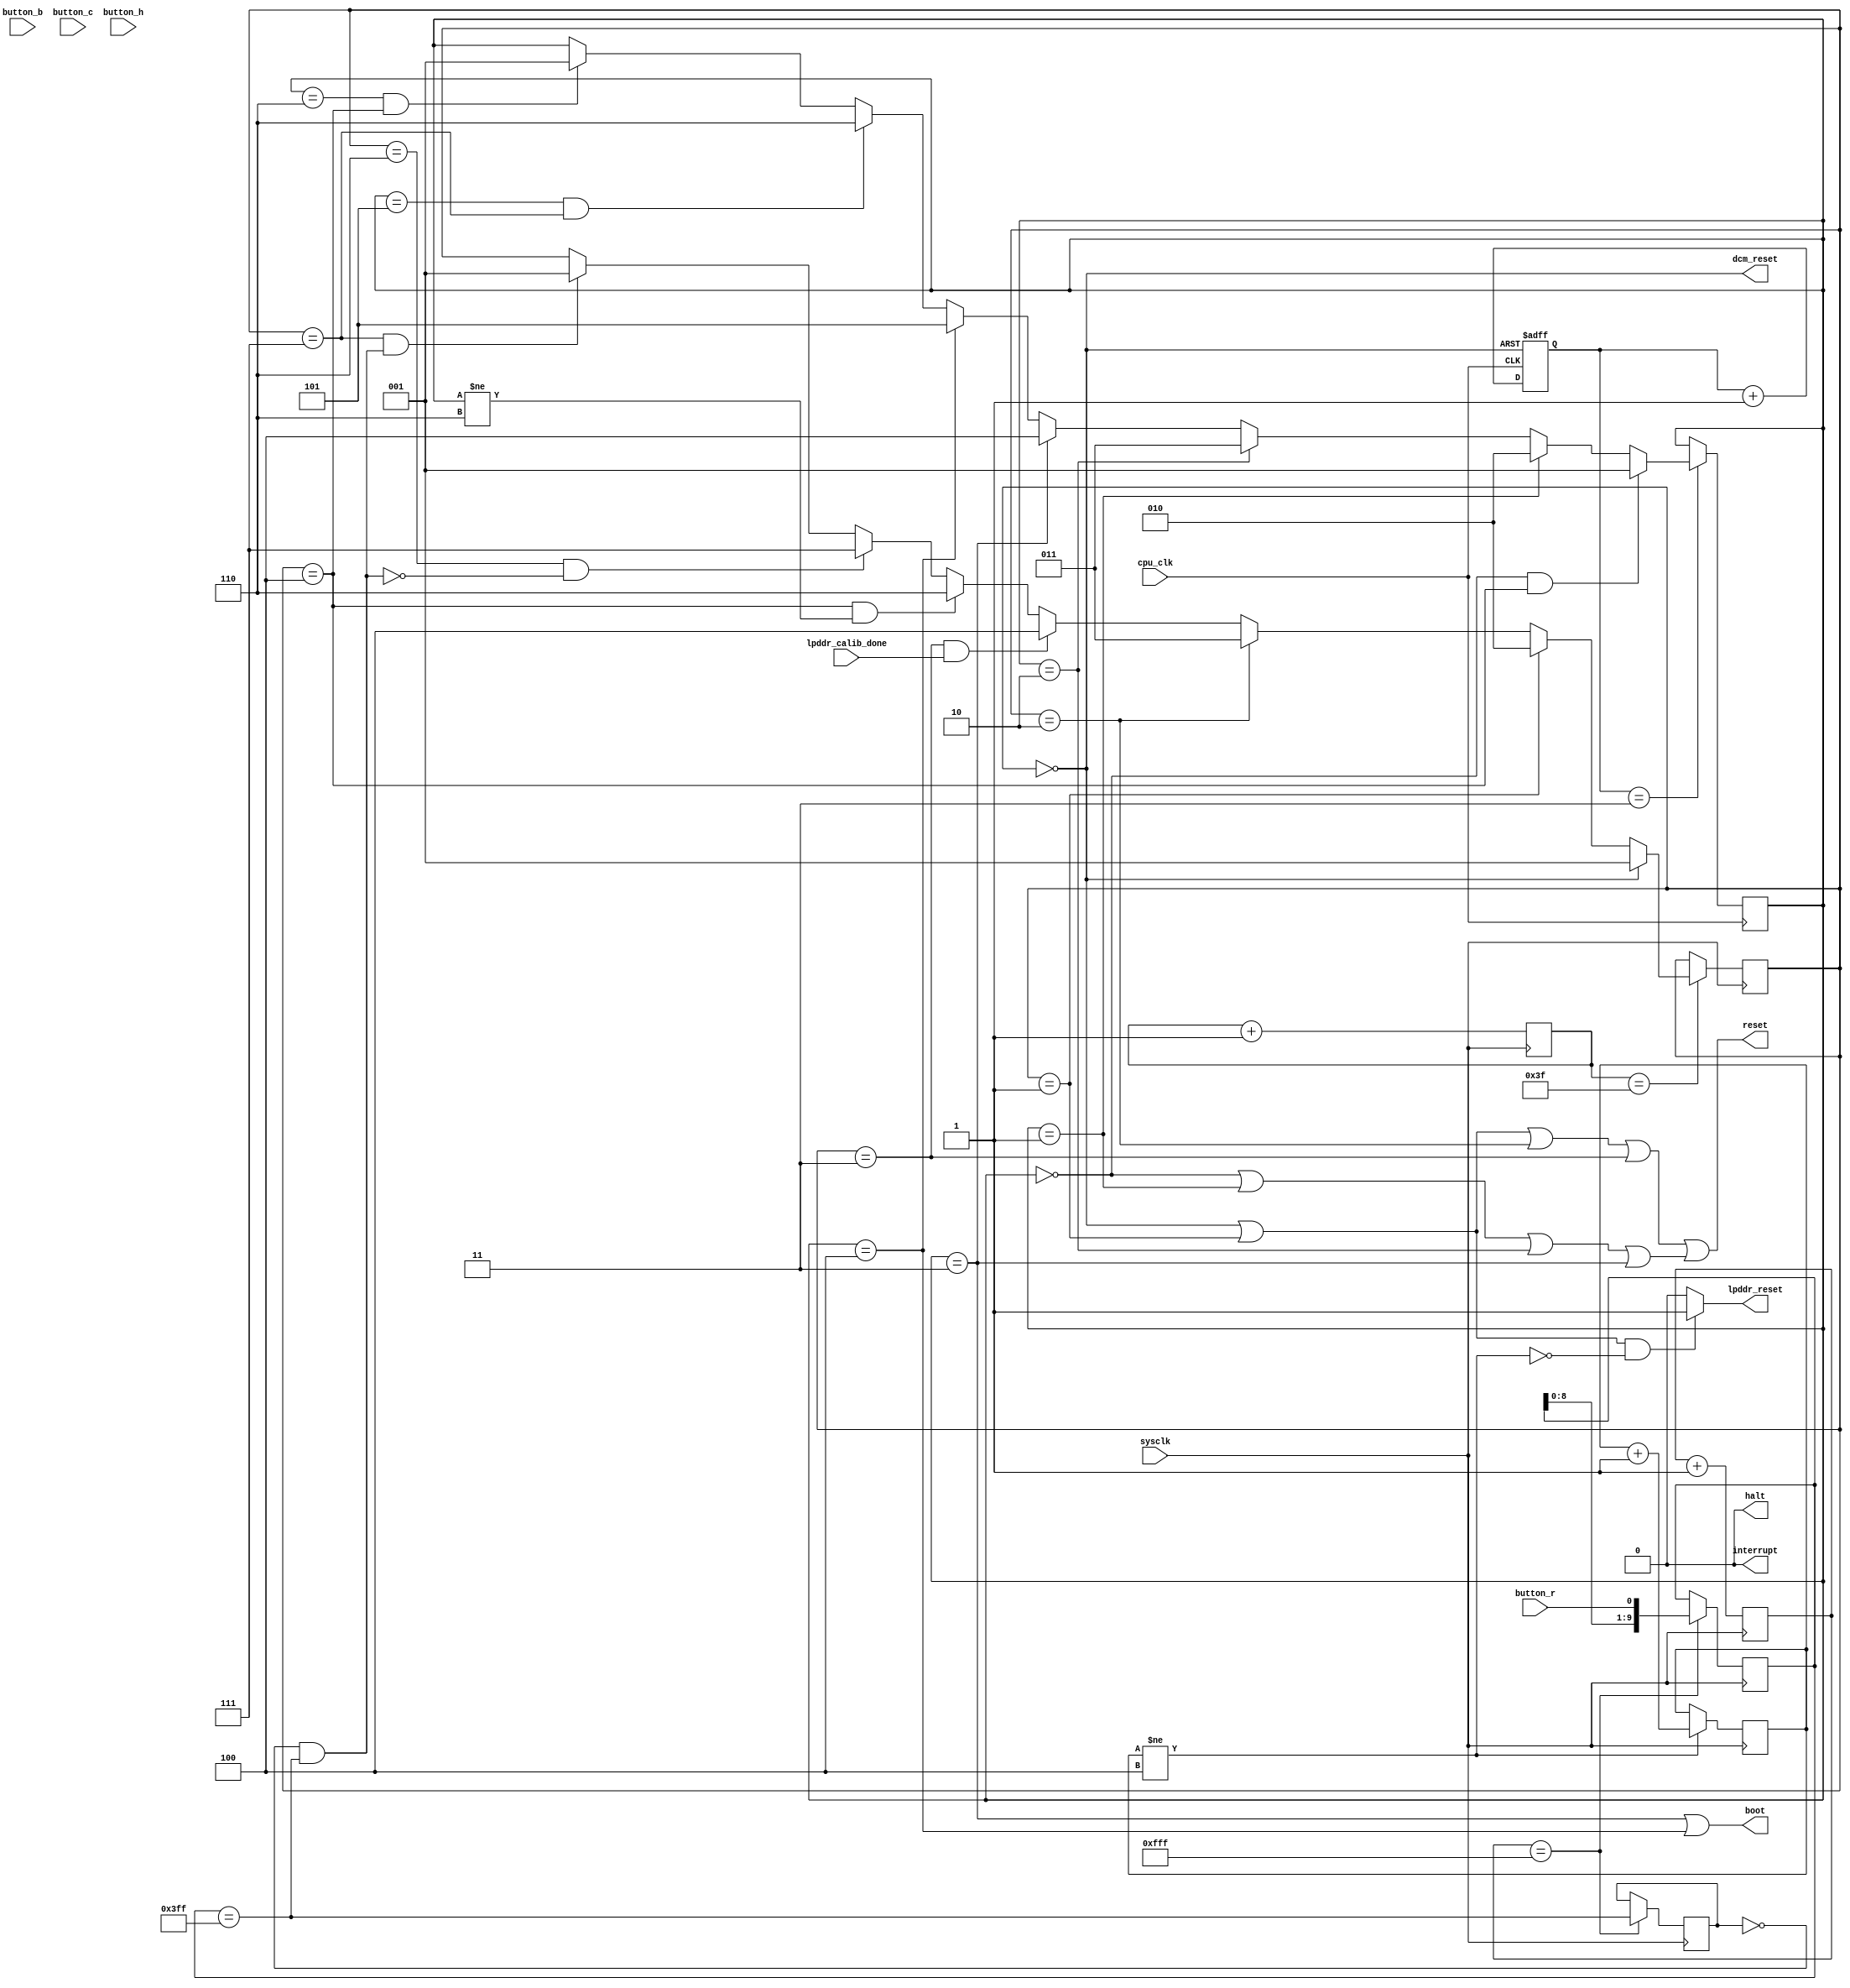
// support_lx45.v --- ---!!!

`timescale 1ns/1ps
`default_nettype none

module support_cyc2(/*AUTOARG*/
   // Outputs
   boot, dcm_reset, halt, interrupt, lpddr_reset, reset,
   // Inputs
   button_b, button_c, button_h, button_r, cpu_clk, lpddr_calib_done,
   sysclk
   );

   input button_b;
   input button_c;
   input button_h;
   input button_r;
   input cpu_clk;
   input lpddr_calib_done;
   input sysclk;
   output boot;
   output dcm_reset;
   output halt;
   output interrupt;
   output lpddr_reset;
   output reset;

   ////////////////////////////////////////////////////////////////////////////////

   parameter 
     c_init = 3'd0,
     c_reset1 = 3'd1,
     c_reset2 = 3'd2,
     c_reset3 = 3'd3,
     c_boot = 3'd4,
     c_wait = 3'd5,
     c_idle = 3'd6;
   parameter 
     r_init = 3'd0,
     r_reset1 = 3'd1,
     r_reset2 = 3'd2,
     r_reset3 = 3'd3,
     r_reset4 = 3'd4,
     r_reset5 = 3'd5,
     r_wait = 3'd6,
     r_idle = 3'd7;

   reg [11:0] sys_slowcount;
   reg [1:0] cpu_slowcount;
   reg [2:0] cpu_state;
   reg [2:0] reset_state;
   reg [3:0] lpddr_reset_holdoff_cnt;
   reg [5:0] sys_medcount;
   reg [9:0] hold;
   reg press_history;

   wire [2:0] cpu_state_next;
   wire [2:0] reset_state_next;
   wire cpu_in_reset;
   wire cpu_slowevent;
   wire lpddr_reset_holdoff;
   wire press_detected;
   wire pressed;
   wire sys_medevent;
   wire sys_slowevent;

   /*AUTOWIRE*/
   /*AUTOREG*/

   ////////////////////////////////////////////////////////////////////////////////

   assign interrupt = 1'b0;
   assign halt = 1'b0;

   initial begin
      reset_state = 0;
      cpu_state = 0;
      sys_slowcount = 0;
      sys_medcount = 0;
      cpu_slowcount = 0;
      hold = 0;
      press_history = 0;
   end

   always @(posedge cpu_clk or posedge dcm_reset)
     if (dcm_reset)
       cpu_slowcount <= 0;
     else
       cpu_slowcount <= cpu_slowcount + 2'd1;

   initial
     lpddr_reset_holdoff_cnt = 0;

   always @(posedge sysclk)
     if (lpddr_reset_holdoff_cnt != 4'd4)
       lpddr_reset_holdoff_cnt <= lpddr_reset_holdoff_cnt + 4'd1;

   assign lpddr_reset_holdoff = lpddr_reset_holdoff_cnt != 4'd4;

   assign cpu_in_reset = (reset_state == r_init ||
			  reset_state == r_reset1 ||
			  reset_state == r_reset2 ||
			  reset_state == r_reset3) ||
			 (cpu_state == c_init ||
			  cpu_state == c_reset1 ||
			  cpu_state == c_reset2 ||
			  cpu_state == c_reset3);
   assign dcm_reset = reset_state == r_init;
   assign lpddr_reset = (reset_state == r_init || reset_state == r_reset1) &&
			~lpddr_reset_holdoff ? 1'b1 : 1'b0;
   assign reset = cpu_in_reset;
   assign boot = cpu_state == c_reset3 || cpu_state == c_boot;
   assign cpu_state_next =
			  (cpu_state == c_init && reset_state == r_reset4) ? c_reset1 :
			  (cpu_state == c_reset1) ? c_reset2 :
			  (cpu_state == c_reset2) ? c_reset3 :
			  (cpu_state == c_reset3) ? c_boot :
			  (cpu_state == c_boot) ? c_wait :
			  (cpu_state == c_wait && reset_state == r_idle) ? c_idle :
			  (cpu_state == c_idle && reset_state == r_reset4) ? c_reset1 :
			  cpu_state;
   assign cpu_slowevent = cpu_slowcount == 2'b11;

   always @(posedge cpu_clk)
     if (cpu_slowevent) begin
	cpu_state <= cpu_state_next;
     end

   assign reset_state_next =
			    (reset_state == r_init) ? r_reset1 :
			    (reset_state == r_reset1) ? r_reset2 :
			    (reset_state == r_reset2) ? r_reset3 :
			    (reset_state == r_reset3 && lpddr_calib_done) ? r_reset4 :
			    (reset_state == r_reset4 && cpu_state != c_idle) ? r_wait :
			    (reset_state == r_wait & ~pressed) ? r_idle :
			    (reset_state == r_idle && pressed) ? r_reset1 :
			    reset_state;

   always @(posedge sysclk)
     if (sys_medevent) begin
	reset_state <= reset_state_next;
     end

   always @(posedge sysclk) begin
      sys_medcount <= sys_medcount + 6'd1;
   end

   assign sys_medevent = sys_medcount == 6'b111111;

   always @(posedge sysclk) begin
      sys_slowcount <= sys_slowcount + 12'd1;
   end

   assign sys_slowevent = sys_slowcount == 12'hfff;

   always @(posedge sysclk)
     if (sys_slowevent)
       hold <= { hold[8:0], button_r };

   assign press_detected = hold == 10'b1111111111;

   always @(posedge sysclk)
     if (sys_slowevent)
       press_history <= press_detected;

   assign pressed = (!press_history && press_detected);

endmodule

`default_nettype wire

// Local Variables:
// verilog-library-directories: (".")
// End: